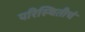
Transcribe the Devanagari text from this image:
परिस्थितीचं